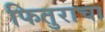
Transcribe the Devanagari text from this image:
फितुराचा